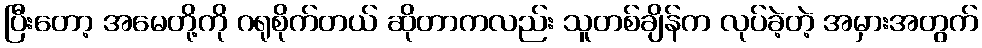
ပြီးတော့ အမေတို့ကို ဂရုစိုက်တယ် ဆိုတာကလည်း သူတစ်ချိန်က လုပ်ခဲ့တဲ့ အမှားအတွက်